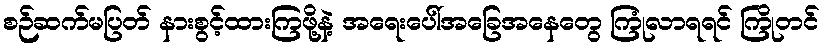
စဉ်ဆက်မပြတ် နားစွင့်ထားကြဖို့နဲ့ အရေးပေါ်အခြေအနေတွေ ကြုံလာရရင် ကြိုတင်